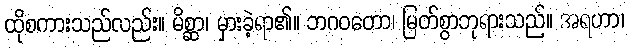
ထိုစကားသည်လည်း။ မိစ္ဆာ၊ မှားခဲ့ရာ၏။ ဘဂဝတော၊ မြတ်စွာဘုရားသည်။ အရဟာ၊